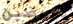
تعرضين